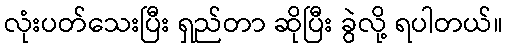
လုံးပတ်သေးပြီး ရှည်တာ ဆိုပြီး ခွဲလို့ ရပါတယ်။